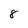
Character: 8